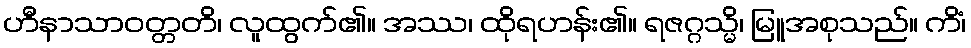
ဟီနာသာဝတ္တတိ၊ လူထွက်၏။ အဿ၊ ထိုရဟန်း၏။ ရဇဂ္ဂသ္မိ၊ မြူအစုသည်။ ကိံ၊